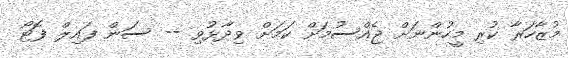
މުޒާހަރާ ކުރި މީހުންނަށް ޖެއްސުމަށް ކަމަށް ވިދާޅުވި -- ސަން ފައިލް ފޮޓޯ